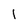
Character: 1